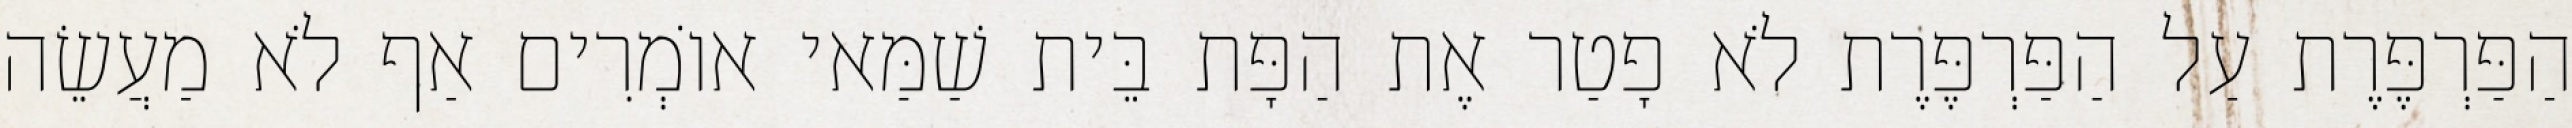
הַפַּרְפֶּרֶת עַל הַפַּרְפֶּרֶת לֹא פָטַר אֶת הַפָּת בֵּית שַׁמַּאי אוֹמְרִים אַף לֹא מַעֲשֵׂה